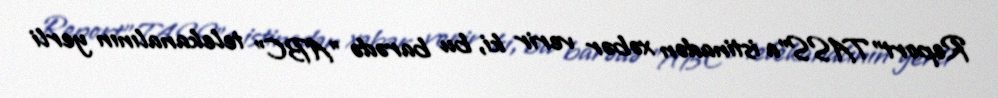
Report"TASS"a istinadən xəbər verir ki, bu barədə "ABC" telekanalının yerli